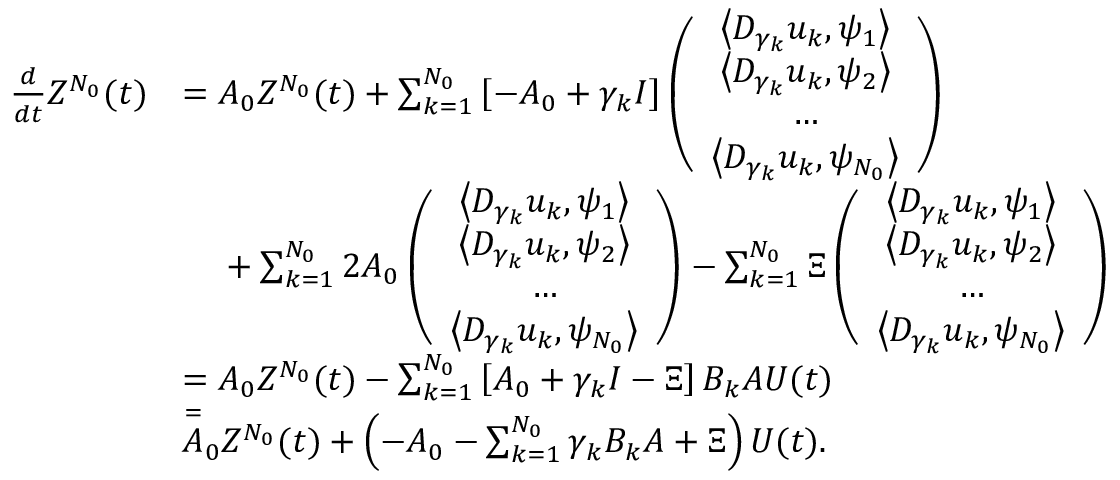
\begin{array} { r l } { \frac { d } { d t } Z ^ { N _ { 0 } } ( t ) } & { = A _ { 0 } Z ^ { N _ { 0 } } ( t ) + \sum _ { k = 1 } ^ { N _ { 0 } } \left[ - A _ { 0 } + \gamma _ { k } I \right] \left( \begin{array} { c } { \left< D _ { \gamma _ { k } } u _ { k } , \psi _ { 1 } \right> } \\ { \left< D _ { \gamma _ { k } } u _ { k } , \psi _ { 2 } \right> } \\ { \ldots } \\ { \left< D _ { \gamma _ { k } } u _ { k } , \psi _ { N _ { 0 } } \right> } \end{array} \right) } \\ & { \phantom { = } \; + \sum _ { k = 1 } ^ { N _ { 0 } } 2 A _ { 0 } \left( \begin{array} { c } { \left< D _ { \gamma _ { k } } u _ { k } , \psi _ { 1 } \right> } \\ { \left< D _ { \gamma _ { k } } u _ { k } , \psi _ { 2 } \right> } \\ { \ldots } \\ { \left< D _ { \gamma _ { k } } u _ { k } , \psi _ { N _ { 0 } } \right> } \end{array} \right) - \sum _ { k = 1 } ^ { N _ { 0 } } \Xi \left( \begin{array} { c } { \left< D _ { \gamma _ { k } } u _ { k } , \psi _ { 1 } \right> } \\ { \left< D _ { \gamma _ { k } } u _ { k } , \psi _ { 2 } \right> } \\ { \ldots } \\ { \left< D _ { \gamma _ { k } } u _ { k } , \psi _ { N _ { 0 } } \right> } \end{array} \right) } \\ & { = A _ { 0 } Z ^ { N _ { 0 } } ( t ) - \sum _ { k = 1 } ^ { N _ { 0 } } \left[ A _ { 0 } + \gamma _ { k } I - \Xi \right] B _ { k } A U ( t ) } \\ & { \overset { = } A _ { 0 } Z ^ { N _ { 0 } } ( t ) + \left( - A _ { 0 } - \sum _ { k = 1 } ^ { N _ { 0 } } \gamma _ { k } B _ { k } A + \Xi \right) U ( t ) . } \end{array}